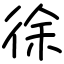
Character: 徐